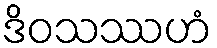
ဒိဝသဿဟံ